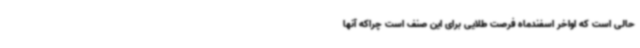
حالی است که اواخر اسفندماه فرصت طلایی برای این صنف است چراکه آنها